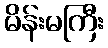
မိန်းမကြီး